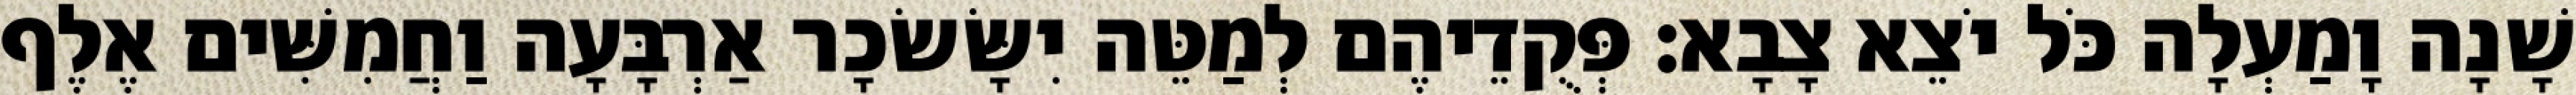
שָׁנָה וָמַעְלָה כֹּל יֹצֵא צָבָא׃ פְּקֻדֵיהֶם לְמַטֵּה יִשָּׂשׂכָר אַרְבָּעָה וַחֲמִשִּׁים אֶלֶף